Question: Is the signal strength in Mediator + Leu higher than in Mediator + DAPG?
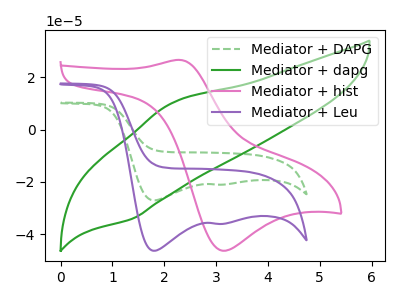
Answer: <think>The green dashed curve "Mediator + DAPG" has cathodic peaks at (1.80V, -27.10uA) (3.15V, -21.05uA). The green curve "Mediator + dapg" has an anodic peak at (2.15V, 10.00uA) and a cathodic peak at (1.35V, -34.20uA). The pink curve "Mediator + hist" has an anodic peak at (2.30V, 26.65uA) and a cathodic peak at (3.10V, -46.35uA). The purple curve "Mediator + Leu" has cathodic peaks at (1.80V, -46.35uA) (3.15V, -36.10uA).
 All the peaks in "Mediator + Leu" have a peak in "Mediator + DAPG" at the same potential. Every peak in "Mediator + Leu" is higher than every peak in "Mediator + DAPG".</think>
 <answer>"Mediator + Leu" has more signal than "Mediator + DAPG".</answer>
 <eval>more_signal</eval>